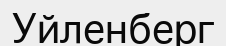
Уйленберг